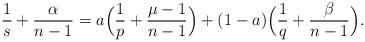
LaTeX: \begin{align*} \frac{1}{s}+\frac{\alpha}{n-1}=a\Big(\frac{1}{p}+\frac{\mu-1}{n-1}\Big)+(1-a)\Big(\frac{1}{q}+\frac{\beta}{n-1}\Big). \end{align*}